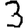
Digit: 3